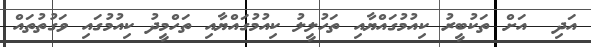
އަދި  އަށް ތަކުބީރު ކިއުމުގައްޔާއި ތަހުލީލު ކިއުމުގައްޔާއި ތަހްމީދު ކިއުމުގައި ވަގުތުތައް